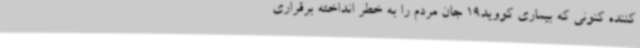
کننده کنونی که بیماری کووید19 جان مردم را به خطر انداخته برقراری